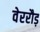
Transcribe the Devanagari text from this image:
वेररौड़